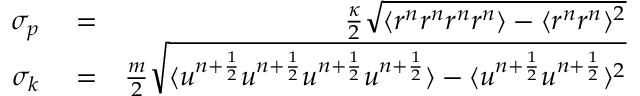
\begin{array} { r l r } { \sigma _ { p } } & { { } = } & { \frac { \kappa } { 2 } \sqrt { \langle r ^ { n } r ^ { n } r ^ { n } r ^ { n } \rangle - \langle r ^ { n } r ^ { n } \rangle ^ { 2 } } } \\ { \sigma _ { k } } & { { } = } & { \frac { m } { 2 } \sqrt { \langle u ^ { n + \frac { 1 } { 2 } } u ^ { n + \frac { 1 } { 2 } } u ^ { n + \frac { 1 } { 2 } } u ^ { n + \frac { 1 } { 2 } } \rangle - \langle u ^ { n + \frac { 1 } { 2 } } u ^ { n + \frac { 1 } { 2 } } \rangle ^ { 2 } } } \end{array}